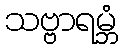
သဗ္ဗာရမ္ဘံ